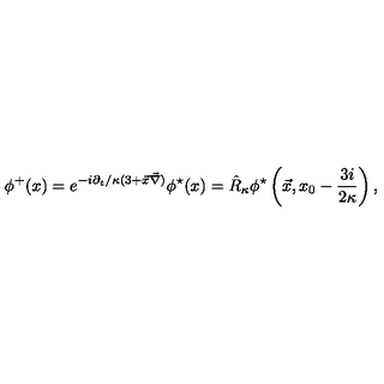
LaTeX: \phi ^ { + } ( x ) = e ^ { - { i \partial _ { t } / \kappa } ( 3 + \vec { x } \vec { \nabla } ) } \phi ^ { \star } ( x ) = \hat { R } _ { \kappa } \phi ^ { \star } \left( \vec { x } , x _ { 0 } - { \frac { 3 i } { 2 \kappa } } \right) ,